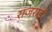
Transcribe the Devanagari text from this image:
राजराई